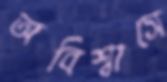
অবিশ্বাসে